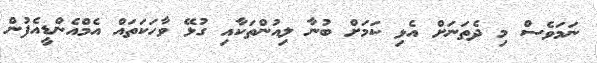
ނަމަވެސް މި ދެތަނަށް އެޅި ކަމަށް ބުނާ ލިއުންތަކާއި ގުޅޭ ވާހަކަތައް އެމްއެންޑީއެފުން